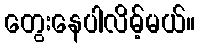
တွေးနေပါလိမ့်မယ်။